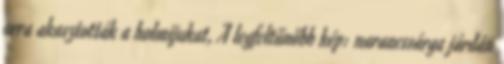
arra akasztották a holmijukat, A legfeltűnőbb kép: narancssárga járdán